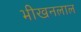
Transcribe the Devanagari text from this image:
भीखनलाल